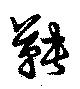
鞅